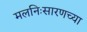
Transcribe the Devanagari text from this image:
मलनिःसारणच्या